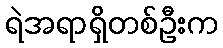
ရဲအရာရှိတစ်ဦးက